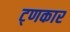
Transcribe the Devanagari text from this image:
ट्णकार